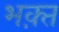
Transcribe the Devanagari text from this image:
भक़्त